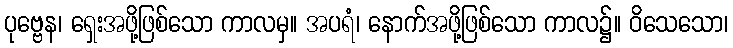
ပုဗ္ဗေန၊ ရှေးအဖို့ဖြစ်သော ကာလမှ။ အပရံ၊ နောက်အဖို့ဖြစ်သော ကာလ၌။ ဝိသေသော၊